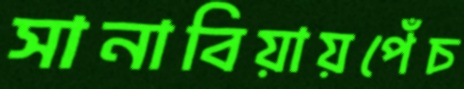
সানাবিয়ায়পেঁচ